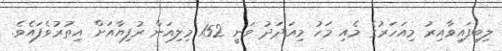
ލިބިފައިވާއިރު މިއަހަރުގެ މެއި މަހު މިއަދަދު ވަނީ 152 މިލިއަން ރުފިޔާއަށް އިތުރުވެފައެވެ.